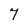
Character: 7